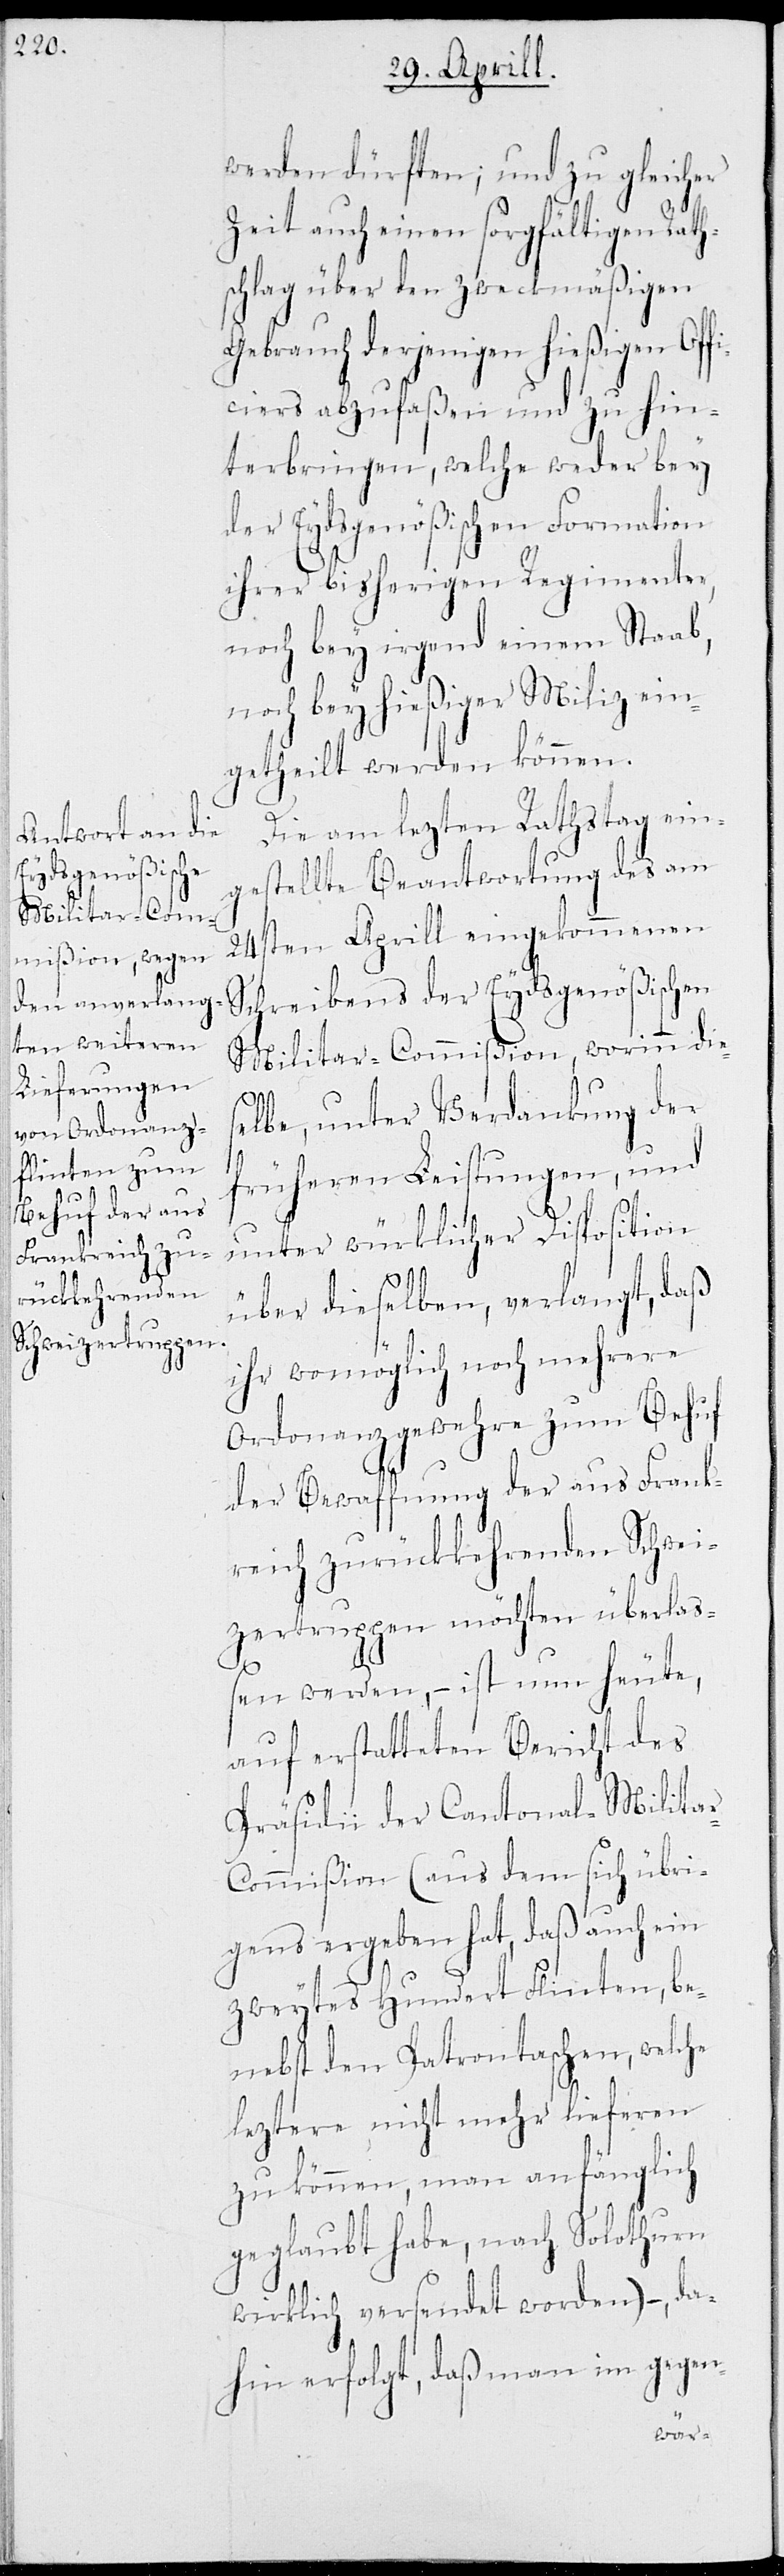
werden dürften; und zur gleichen
Zeit auch einen sorgfältigen Rath¬
schlag über den zweckmäßigen
Gebrauch derjenigen hießigen Off¬
iciers abzufaßen und zu hin¬
terbringen, welche weder bey
der Eydsgenößischen Formation
ihrer bisherigen Regimenter,
noch bey irgend einem Staab,
noch bey hießiger Miliz ein¬
getheilt werden können.
Die am lezten Rathstag ein¬
gestellte Beantwortung des am
24sten Aprill eingekommenen
Schreibens der Eydsgenößischen
Miltar-Commißion, worinn die¬
elbe, unter Verdankung der
früheren Leistungen, und
unter würklicher Disposition
s¬
über dieselben, verlangt, daß
ihr womöglich noch mehrere
Ordonanzgewehre zum Behuf
der Bewaffnung der aus Frank¬
reich zurückkehrenden Schwei¬
zertruppen möchten überlaß¬
en werden, – ist nun heute,
auf erstatteten Bericht des
Präsidii der Cantonal-Milita¬
r-Commißion (aus dem sich übri¬
gens ergeben hat, daß auch ein
zweytes Hundert Flinten, be¬
nebst den Patrontaschen, welche
leztere nicht mehr lieferen
zu können, man anfänglich
geglaubt habe, nach Solothurn
wirklich versendet worden) –, da¬
hin erfolgt, daß man im gegen-